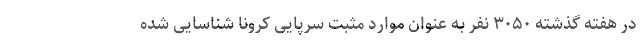
در هفته گذشته ۳۰۵۰ نفر به عنوان موارد مثبت سرپایی کرونا شناسایی شده